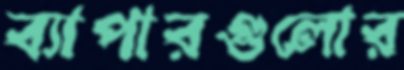
ব্যাপারগুলোর